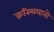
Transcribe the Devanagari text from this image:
क्रस्चियानो